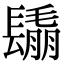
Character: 𨲰